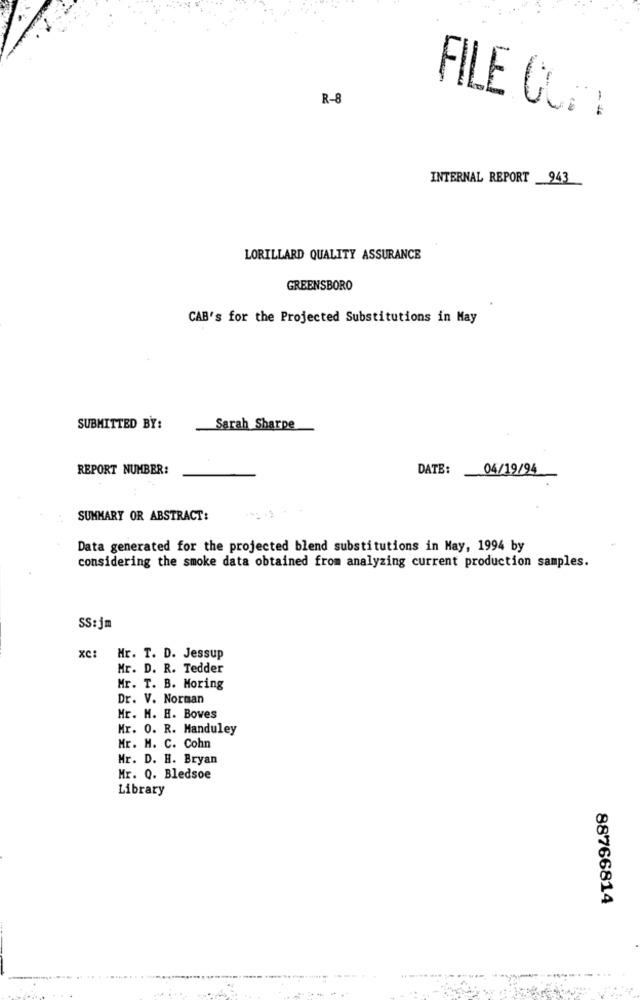
R-8
FILE COM
INTERNAL REPORT _943
LORILLARD QUALITY ASSURANCE
GREENSBORO
CAB's for the Projected Substitutions in May
SUBMITTED BY:
Sarah Sharpe
REPORT NUMBER:
DATE:
04/19/94
SUMMARY OR ABSTRACT:
Data generated for the projected blend substitutions in May, 1994 by
considering the smoke data obtained from analyzing current production samples.
SS: jm
XC:
Mr. T. D. Jessup
Mr. D. R. Tedder
Mr. T. B. Moring
Dr. V. Norman
Mr. M. H. Boves
Mr. 0. R. Manduley
Mr. H. C. Cohn
Mr. D. H. Bryan
Mr. Q. Bledsoe
Library
88766814